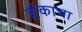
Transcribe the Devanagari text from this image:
ज्ञंकाचा